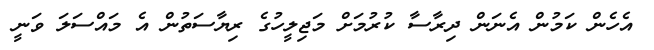
އެހެން ކަމުން އެނަން ދިރާސާ ކުރުމަށް މަޖިލީހުގެ ރިޔާސަތުން އެ މައްސަލަ ވަނީ